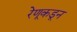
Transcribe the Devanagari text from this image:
रेणूकडून